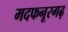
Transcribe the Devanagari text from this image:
मदफनूरगढ़